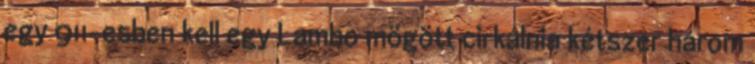
egy 911-esben kell egy Lambo mögött cirkálnia kétszer három